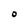
Character: O